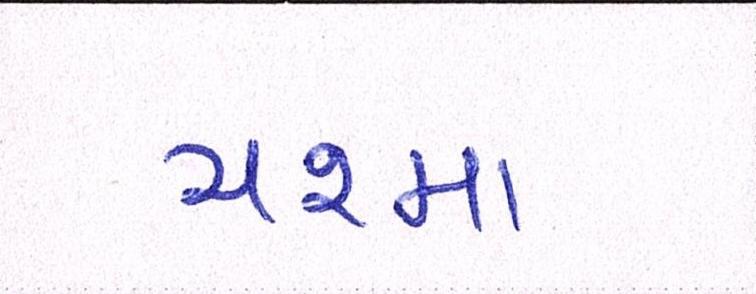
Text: ચશ્મા